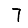
Digit: 7